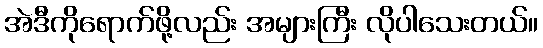
အဲဒီကိုရောက်ဖို့လည်း အများကြီး လိုပါသေးတယ်။